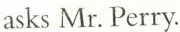
asks Mr. Perry.